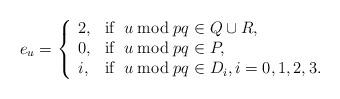
LaTeX: \begin{align*}e_u=\left\{\begin{array}{ll}2, & \mathrm{if}\,\ u\bmod {pq}\in Q\cup R,\\0, & \mathrm{if}\,\ u\bmod {pq}\in P,\\i, & \mathrm{if}\,\ u\bmod {pq}\in D_i, i=0,1,2,3.\end{array}\right.\end{align*}